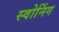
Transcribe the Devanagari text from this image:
स्वोनिंग